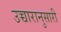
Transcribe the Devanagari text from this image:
उच्चारानुसारी